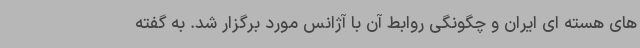
های هسته ای ایران و چگونگی روابط آن با آژانس مورد برگزار شد. به گفته